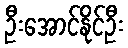
ဦးအောင်နိုင်ဦး